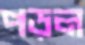
পড়ল